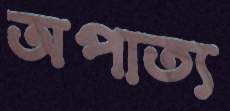
অপাত্য